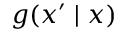
g ( x ^ { \prime } \mid x )